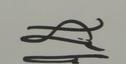
Signature authenticity: genuine